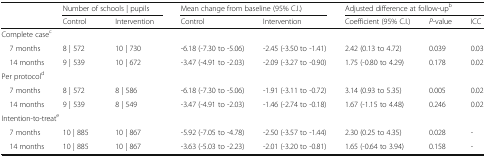
<table><thead><tr><td rowspan="2"></td><td colspan="2"><b>Number of schools | pupils</b></td><td colspan="2"><b>Mean change from baseline (95% C.I.)</b></td><td colspan="3"><b>Adjusted difference at follow-up<sup>b</sup></b></td></tr><tr><td><b>Control</b></td><td><b>Intervention</b></td><td><b>Control</b></td><td><b>Intervention</b></td><td><b>Coefficient (95% C.I.)</b></td><td><b><i>P</i>-value</b></td><td><b>ICC</b></td></tr></thead><tbody><tr><td colspan="8">Complete case<sup>c</sup></td></tr><tr><td> 7 months</td><td>8 | 572</td><td>10 | 730</td><td>-6.18 (-7.30 to -5.06)</td><td>-2.45 (-3.50 to -1.41)</td><td>2.42 (0.13 to 4.72)</td><td>0.039</td><td>0.03</td></tr><tr><td> 14 months</td><td>9 | 539</td><td>10 | 672</td><td>-3.47 (-4.91 to -2.03)</td><td>-2.09 (-3.27 to -0.90)</td><td>1.75 (-0.80 to 4.29)</td><td>0.178</td><td>0.02</td></tr><tr><td colspan="8">Per protocol<sup>d</sup></td></tr><tr><td> 7 months</td><td>8 | 572</td><td>8 | 586</td><td>-6.18 (-7.30 to -5.06)</td><td>-1.91 (-3.11 to -0.72)</td><td>3.14 (0.93 to 5.35)</td><td>0.005</td><td>0.02</td></tr><tr><td> 14 months</td><td>9 | 539</td><td>8 | 549</td><td>-3.47 (-4.91 to -2.03)</td><td>-1.46 (-2.74 to -0.18)</td><td>1.67 (-1.15 to 4.48)</td><td>0.246</td><td>0.02</td></tr><tr><td colspan="8">Intention-to-treat<sup>e</sup></td></tr><tr><td> 7 months</td><td>10 | 885</td><td>10 | 867</td><td>-5.92 (-7.05 to -4.78)</td><td>-2.50 (-3.57 to -1.44)</td><td>2.30 (0.25 to 4.35)</td><td>0.028</td><td>-</td></tr><tr><td> 14 months</td><td>10 | 885</td><td>10 | 867</td><td>-3.63 (-5.03 to -2.23)</td><td>-2.01 (-3.20 to -0.81)</td><td>1.65 (-0.64 to 3.94)</td><td>0.158</td><td>-</td></tr></tbody></table>